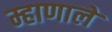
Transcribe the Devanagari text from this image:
म्हाणाले